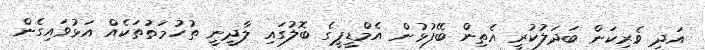
އަދި ވެރިކަން ބަދަލުކުރީ އެތިން ބޭފުޅުން އެމްޑީޕީގެ ބޮލުގައި ލާދީނީ ތުހުމަތުތަކެއް އަޅުވައިގެން